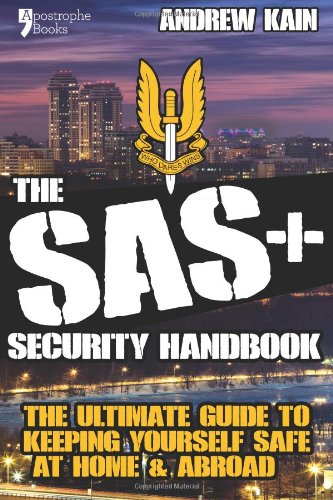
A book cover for The SAS+ Security Handbook: The Ultimate Guide to Keeping Yourself Safe at Home & Abroad; Andrew Kain; Travel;